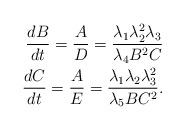
LaTeX: \begin{align*}\begin{aligned}\frac{dB}{dt}=\frac{A}{D}=\frac{\lambda_1\lambda_2^2\lambda_3}{\lambda_4B^2C}\\\frac{dC}{dt}=\frac{A}{E}=\frac{\lambda_1\lambda_2\lambda_3^2}{\lambda_5BC^2}.\end{aligned}\end{align*}